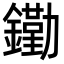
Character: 𨭯